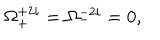
\Omega _ { + } ^ { + 2 i } = \Omega _ { - } ^ { - 2 i } = 0 ,